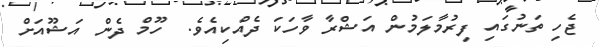
ޖެހި ތަނުގައި ފިރުމާލަމުން އަޝްރާ ވާހަކަ ދެއްކިއެވެ.  ހޫމް ދެން އަޝޫއަށް